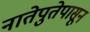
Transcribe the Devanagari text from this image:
नातेपुतेपासून